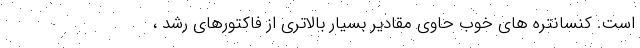
است. کنسانتره های خوب حاوی مقادیر بسیار بالاتری از فاکتورهای رشد ،